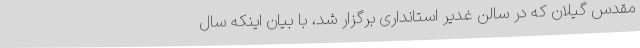
مقدس گیلان که در سالن غدیر استانداری برگزار شد، با بیان اینکه سال